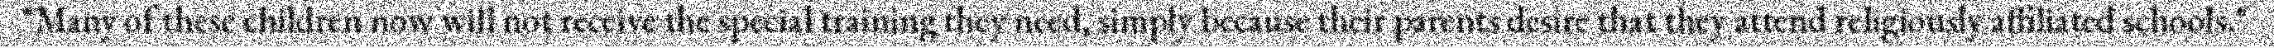
"Many of these children now will not receive the special training they need, simply because their parents desire that they attend religiously affiliated schools."